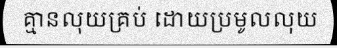
គ្មានលុយគ្រប់ ដោយប្រមូលលុយ